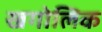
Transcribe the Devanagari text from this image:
खगोलिक